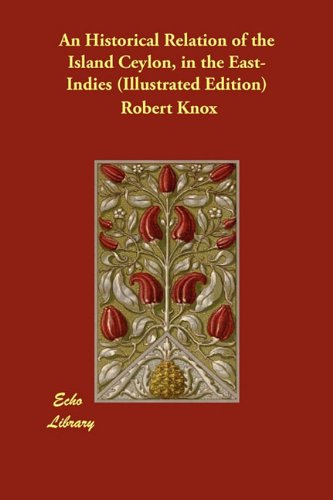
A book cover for An Historical Relation of the Island Ceylon, in the East-Indies (Illustrated Edition); Robert Knox; Travel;